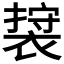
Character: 𮖖